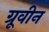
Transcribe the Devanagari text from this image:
ग्रूवीन